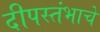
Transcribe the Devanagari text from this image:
दीपस्तंभाचे